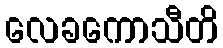
လေခကောသီတိ